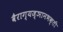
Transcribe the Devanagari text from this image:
वैराग्यज्ञानभक्ती